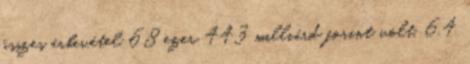
összes árbevétel 68 ezer 443 milliárd forint volt, 6,4